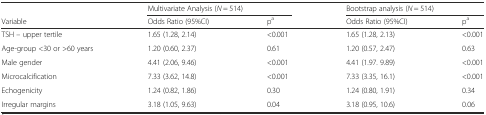
<table><thead><tr><td></td><td colspan="2"><b>Multivariate Analysis (<i>N</i> = 514)</b></td><td colspan="2"><b>Bootstrap analysis (<i>N</i> = 514)</b></td></tr><tr><td><b>Variable</b></td><td><b>Odds Ratio (95%CI)</b></td><td><b>p<sup>a</sup></b></td><td><b>Odds Ratio (95%CI)</b></td><td><b>p<sup>a</sup></b></td></tr></thead><tbody><tr><td>TSH – upper tertile</td><td>1.65 (1.28, 2.14)</td><td>&lt;0.001</td><td>1.65 (1.28, 2.13)</td><td>&lt;0.001</td></tr><tr><td>Age-group &lt;30 or &gt;60 years</td><td>1.20 (0.60, 2.37)</td><td>0.61</td><td>1.20 (0.57, 2.47)</td><td>0.63</td></tr><tr><td>Male gender</td><td>4.41 (2.06, 9.46)</td><td>&lt;0.001</td><td>4.41 (1.97. 9.89)</td><td>&lt;0.001</td></tr><tr><td>Microcalcification</td><td>7.33 (3.62, 14.8)</td><td>&lt;0.001</td><td>7.33 (3.35, 16.1)</td><td>&lt;0.001</td></tr><tr><td>Echogenicity</td><td>1.24 (0.82, 1.86)</td><td>0.30</td><td>1.24 (0.80, 1.91)</td><td>0.34</td></tr><tr><td>Irregular margins</td><td>3.18 (1.05, 9.63)</td><td>0.04</td><td>3.18 (0.95, 10.6)</td><td>0.06</td></tr></tbody></table>